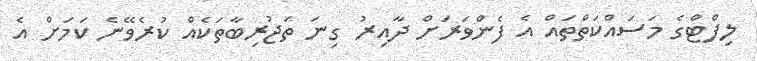
ލިފްޓްގެ މަސައްކަތްތައް އެ ފެންވަރަށް ދާއިރު ގިނަ ތަޖުރިބާތަކެއް ކުރެވޭނެ ކަމަށް އެ